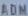
BOM